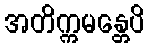
အတိက္ကမန္တေပိ